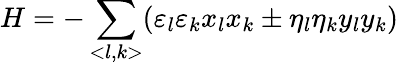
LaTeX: H=-\sum_{<l,k>}(\varepsilon_{l}\varepsilon_{k}x_{l}x_{k}\pm\eta_{l}\eta_{k}y_{l}y_{k})